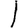
Digit: 1